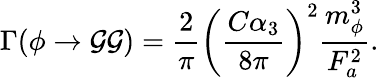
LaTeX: \Gamma(\phi\rightarrow\mathcal{G}\mathcal{G})=\frac{{2}}{{\pi}}\left(\frac{{C\alpha_{3}}}{{8\pi}}\right)^{2}\frac{{m_{\phi}^{3}}}{{F_{a}^{2}}}.